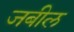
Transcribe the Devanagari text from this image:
जबील